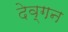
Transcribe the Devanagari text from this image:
देव्गन